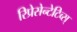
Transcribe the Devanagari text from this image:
रिप्रेसेन्टेटिव्स्